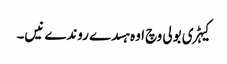
کیہڑی بولی وچ اوہ ہسدے روندے نیں۔